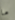
ما